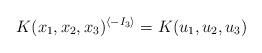
\begin{align*}K(x_1,x_2,x_3)^{\langle-I_3\rangle}=K(u_1,u_2,u_3)\end{align*}